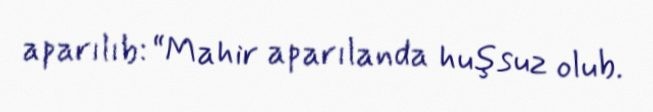
aparılıb: “Mahir aparılanda huşsuz olub.